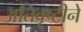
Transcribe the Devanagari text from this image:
अतिवृष्टीने